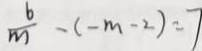
\frac { 6 } { m } - ( - m - 2 ) = 7